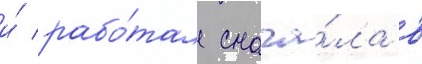
и́ рабо́тал снача́ла в